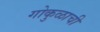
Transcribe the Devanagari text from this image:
गोकुळाची